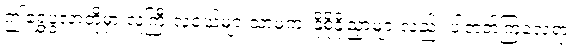
ဤရွှေပွဲလာတို့မှာ လူကြီးလူငယ်များသာမက၊ နို့စို့နို့ညှာများလည်း ပါတတ်ကြလေရာ၊